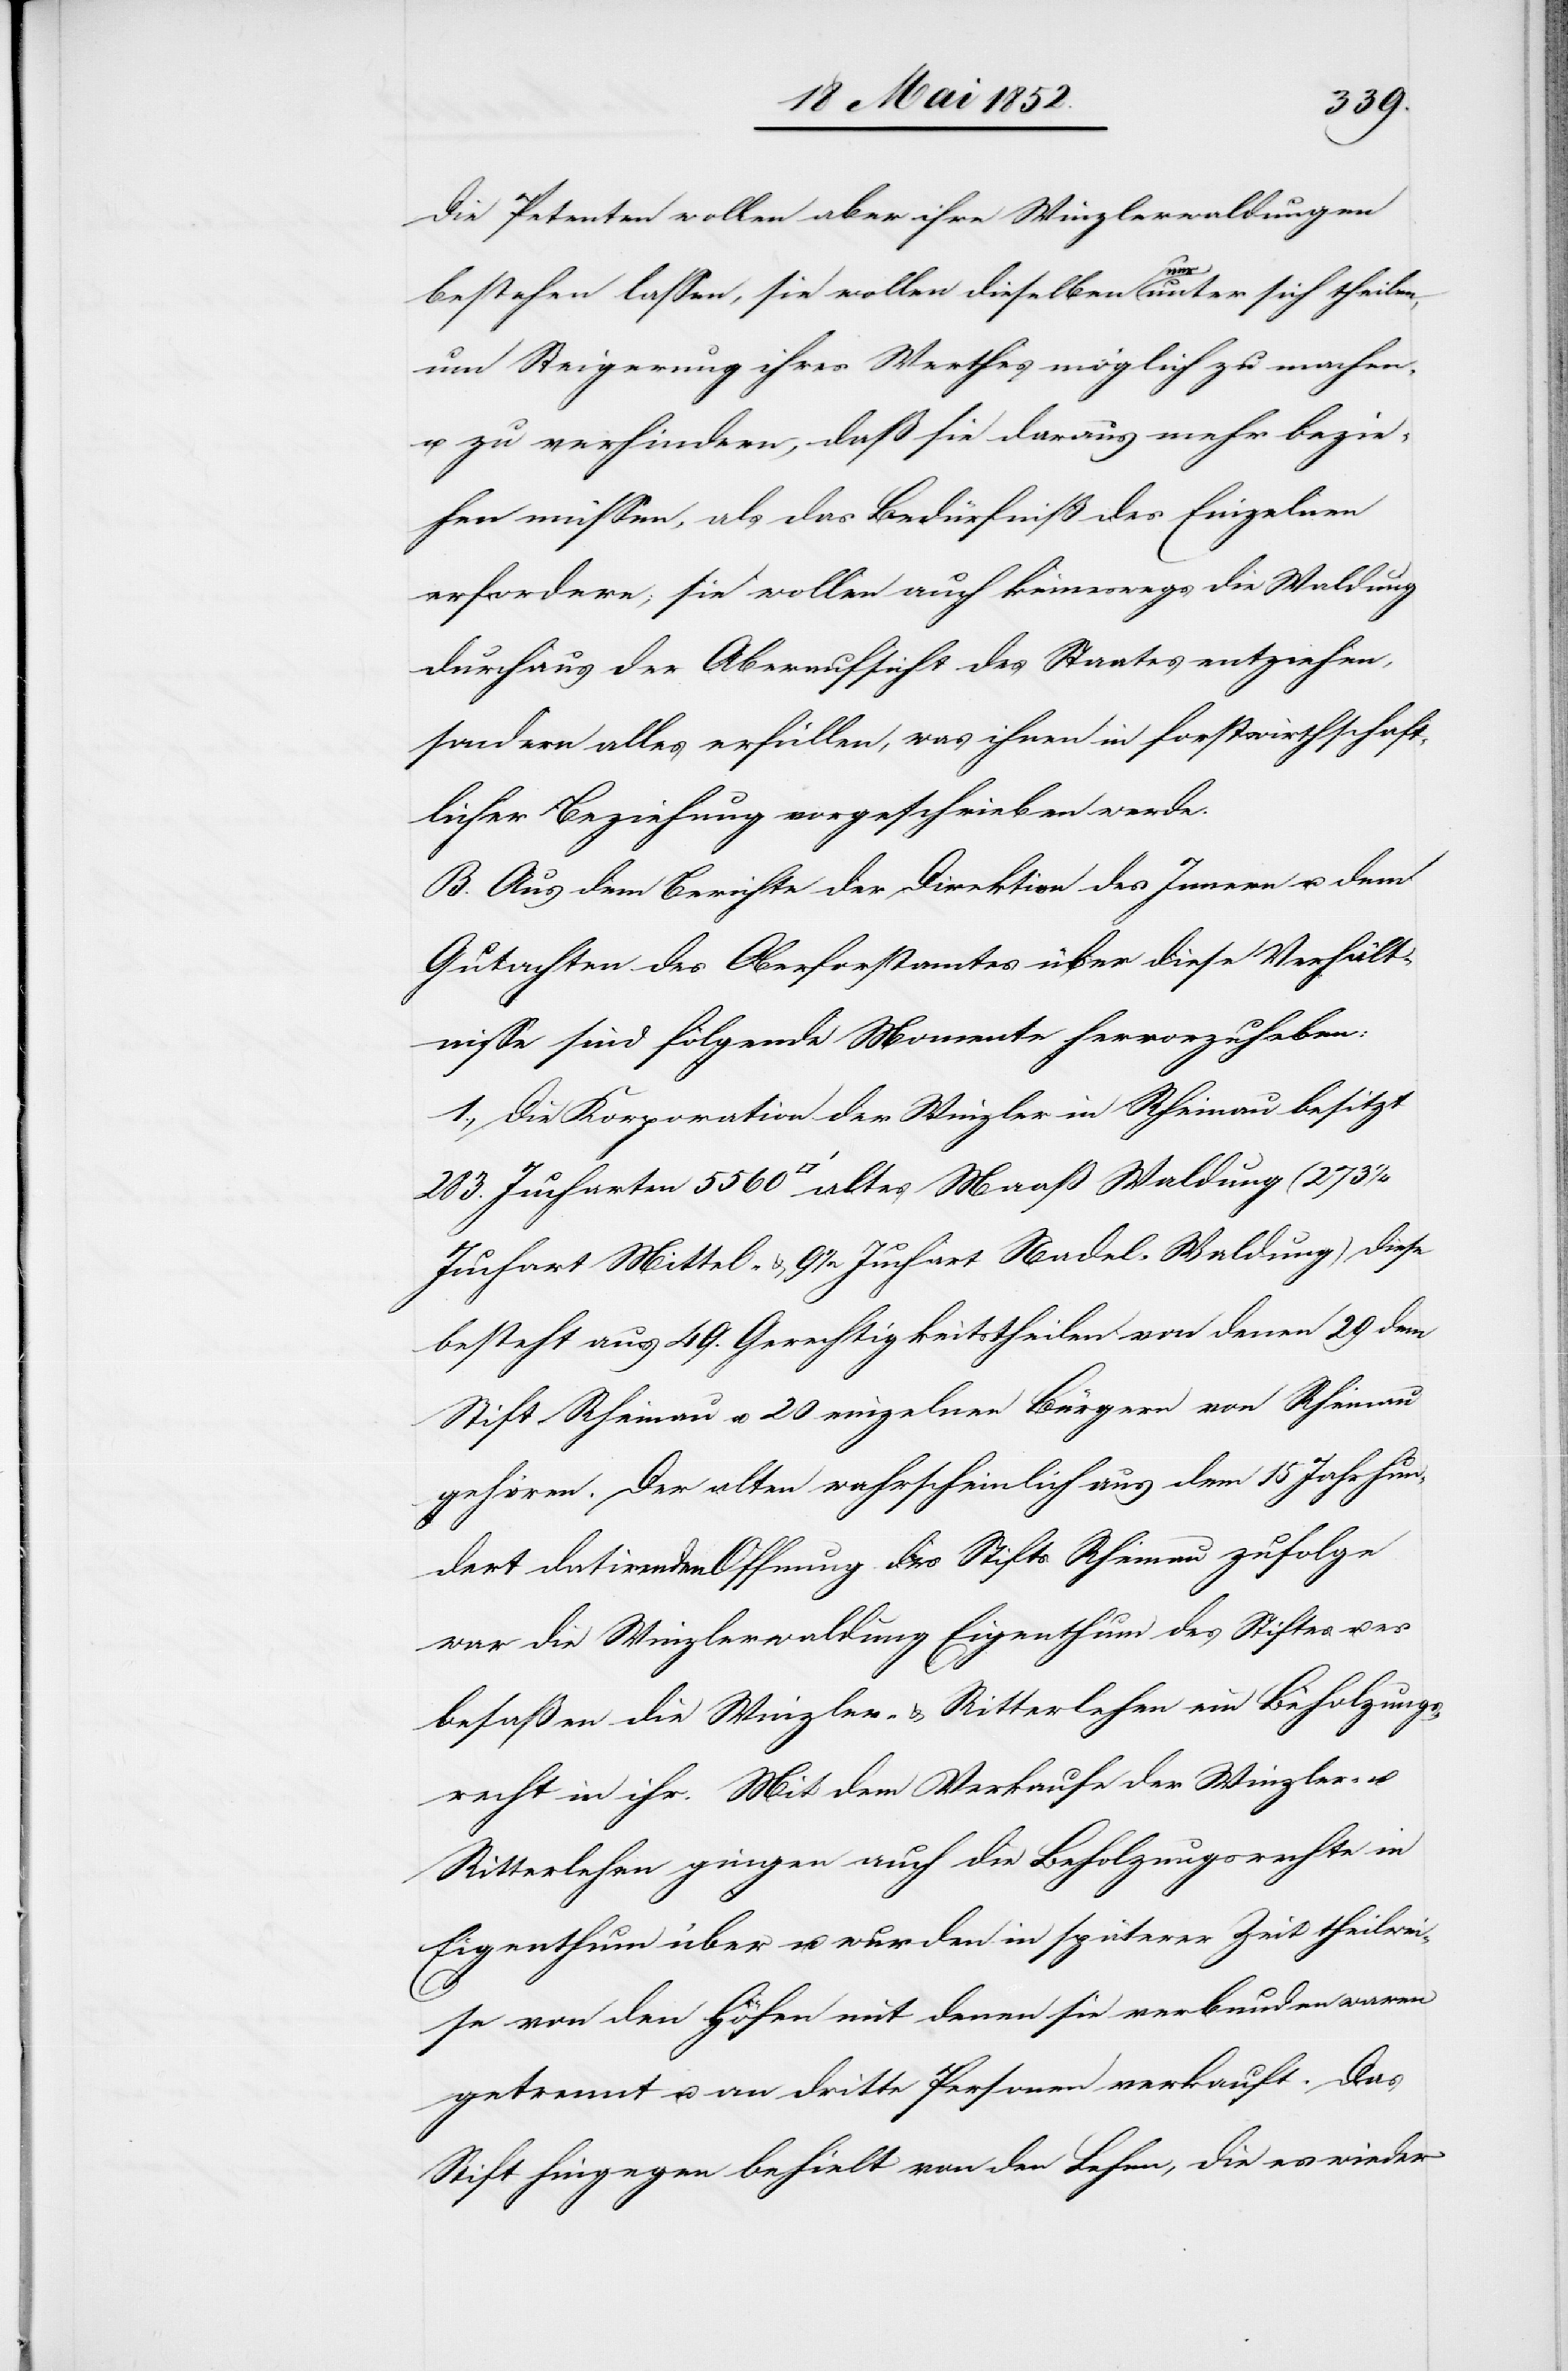
283.
Die Petenten wollen aber ihre Winzlerwaldungen
altes
bestehen lassen, sie wollen dieselben nur unter sich theilen,
um Steigerung ihres Werthes möglich zu machen,
u. zu verhindern, daß sie daraus mehr bezie¬
hen müssen, als das Bedürfniß des Einzelnen
erfordere; sie wollen auch keineswegs die Waldung
durchaus der Oberaufsicht des Staates entziehen,
sondern alles erfüllen, was ihnen in forstwirthschaft¬
licher Beziehung vorgeschrieben werde.
B. Aus dem Berichte der Direktion des Innern u. dem
Gutachten des Oberforstamtes über diese Verhält¬
nisse sind folgende Momente hervorzuheben:
1., Die Korporation der Winzler in Rheinau besitzt
Juchart Mittel- & 9 1/2 Juchart Nadel-Waldung) diese
besteht aus 49. Gerechtigkeitstheilen von denen 29 dem
Stift Rheinau u. 20 einzelnen Bürgern von Rheinau
gehören. Der alten wahrscheinlich aus dem 15 Jahrhun¬
dert datirenden Offnung des Stifts Rheinau zufolge
war die Winzlerwaldung Eigenthum des Stiftes u. es
besaßen die Winzler- & Ritterlehen ein Beholzungs¬
recht in ihr. Mit dem Verkaufe der Winzler- u.
Ritterlehen gingen auch die Beholzungsrechte in
Eigenthum über u. wurden in späterer Zeit theilwei¬
se von den Höfen mit denen sie verbunden waren
getrennt u. an dritte Personen verkauft. Das
Stift hingegen behielt von den Lehen, die es wieder